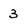
Character: 3